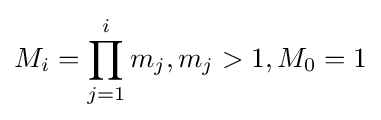
M_{i}=\prod _{j=1}^{i}m_{j},m_{j}>1,M_{0}=1